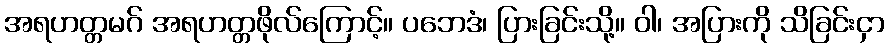
အရဟတ္တမဂ် အရဟတ္တဖိုလ်ကြောင့်။ ပဘေဒံ၊ ပြားခြင်းသို့။ ဝါ၊ အပြားကို သိခြင်းငှာ